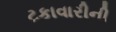
ટકાવારીની